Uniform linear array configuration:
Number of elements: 16
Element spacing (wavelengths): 0.25
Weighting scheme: cosine
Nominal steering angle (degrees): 60
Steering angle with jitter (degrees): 60.452
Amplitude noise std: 0.05
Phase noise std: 0.05

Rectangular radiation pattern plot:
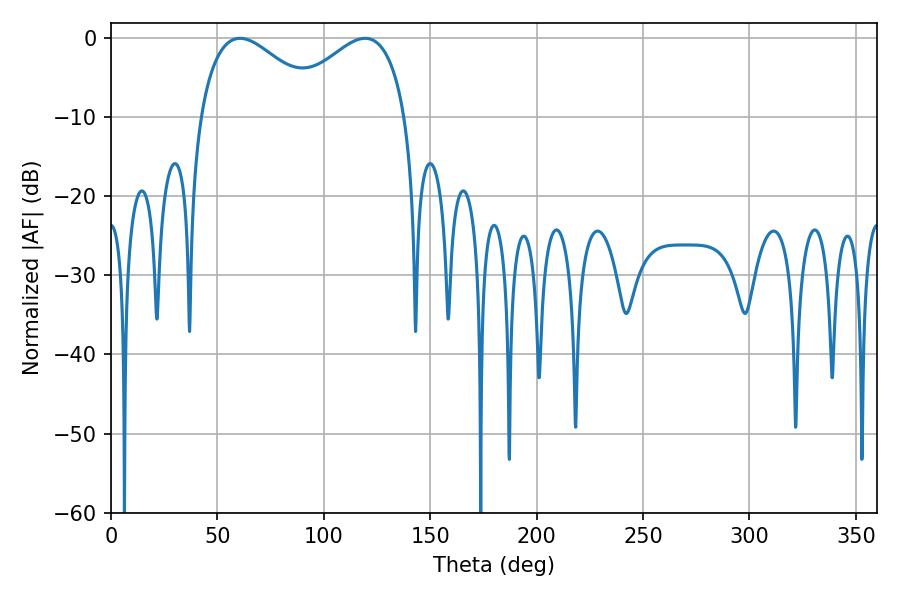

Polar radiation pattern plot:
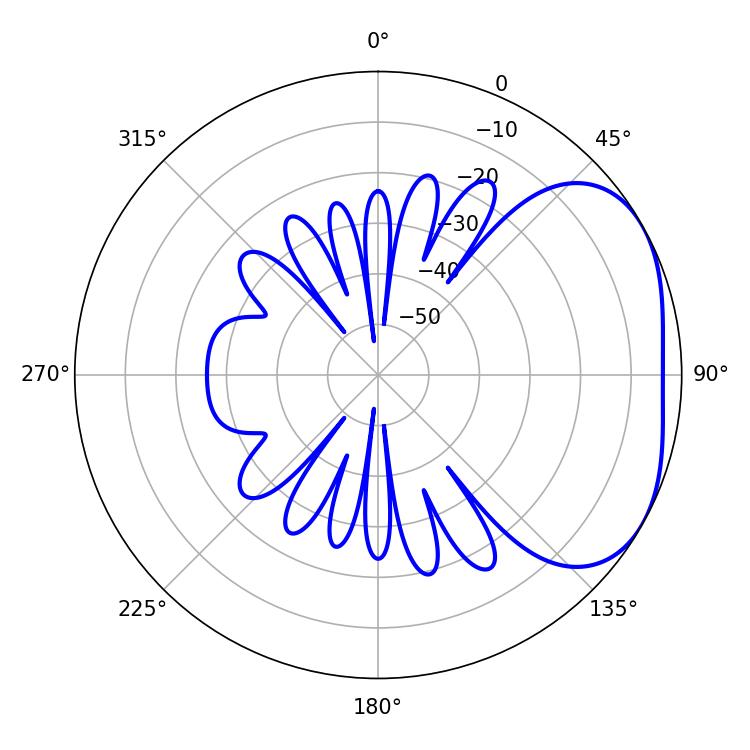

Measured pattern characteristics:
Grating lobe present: FALSE
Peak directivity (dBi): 3.119
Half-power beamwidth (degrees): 31.68
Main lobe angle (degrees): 60.66